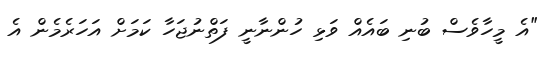
"އެ މީހާވެސް ބުނި ބައެއް ވަޅި ހުންނާނީ ފަތްނުޖަހާ ކަމަށް އަހަރެމެން އެ